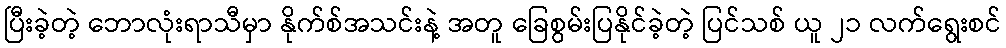
ပြီးခဲ့တဲ့ ဘောလုံးရာသီမှာ နိုက်စ်အသင်းနဲ့ အတူ ခြေစွမ်းပြနိုင်ခဲ့တဲ့ ပြင်သစ် ယူ ၂၁ လက်ရွေးစင်